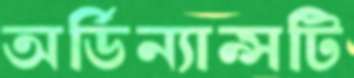
অর্ডিন্যান্সটি